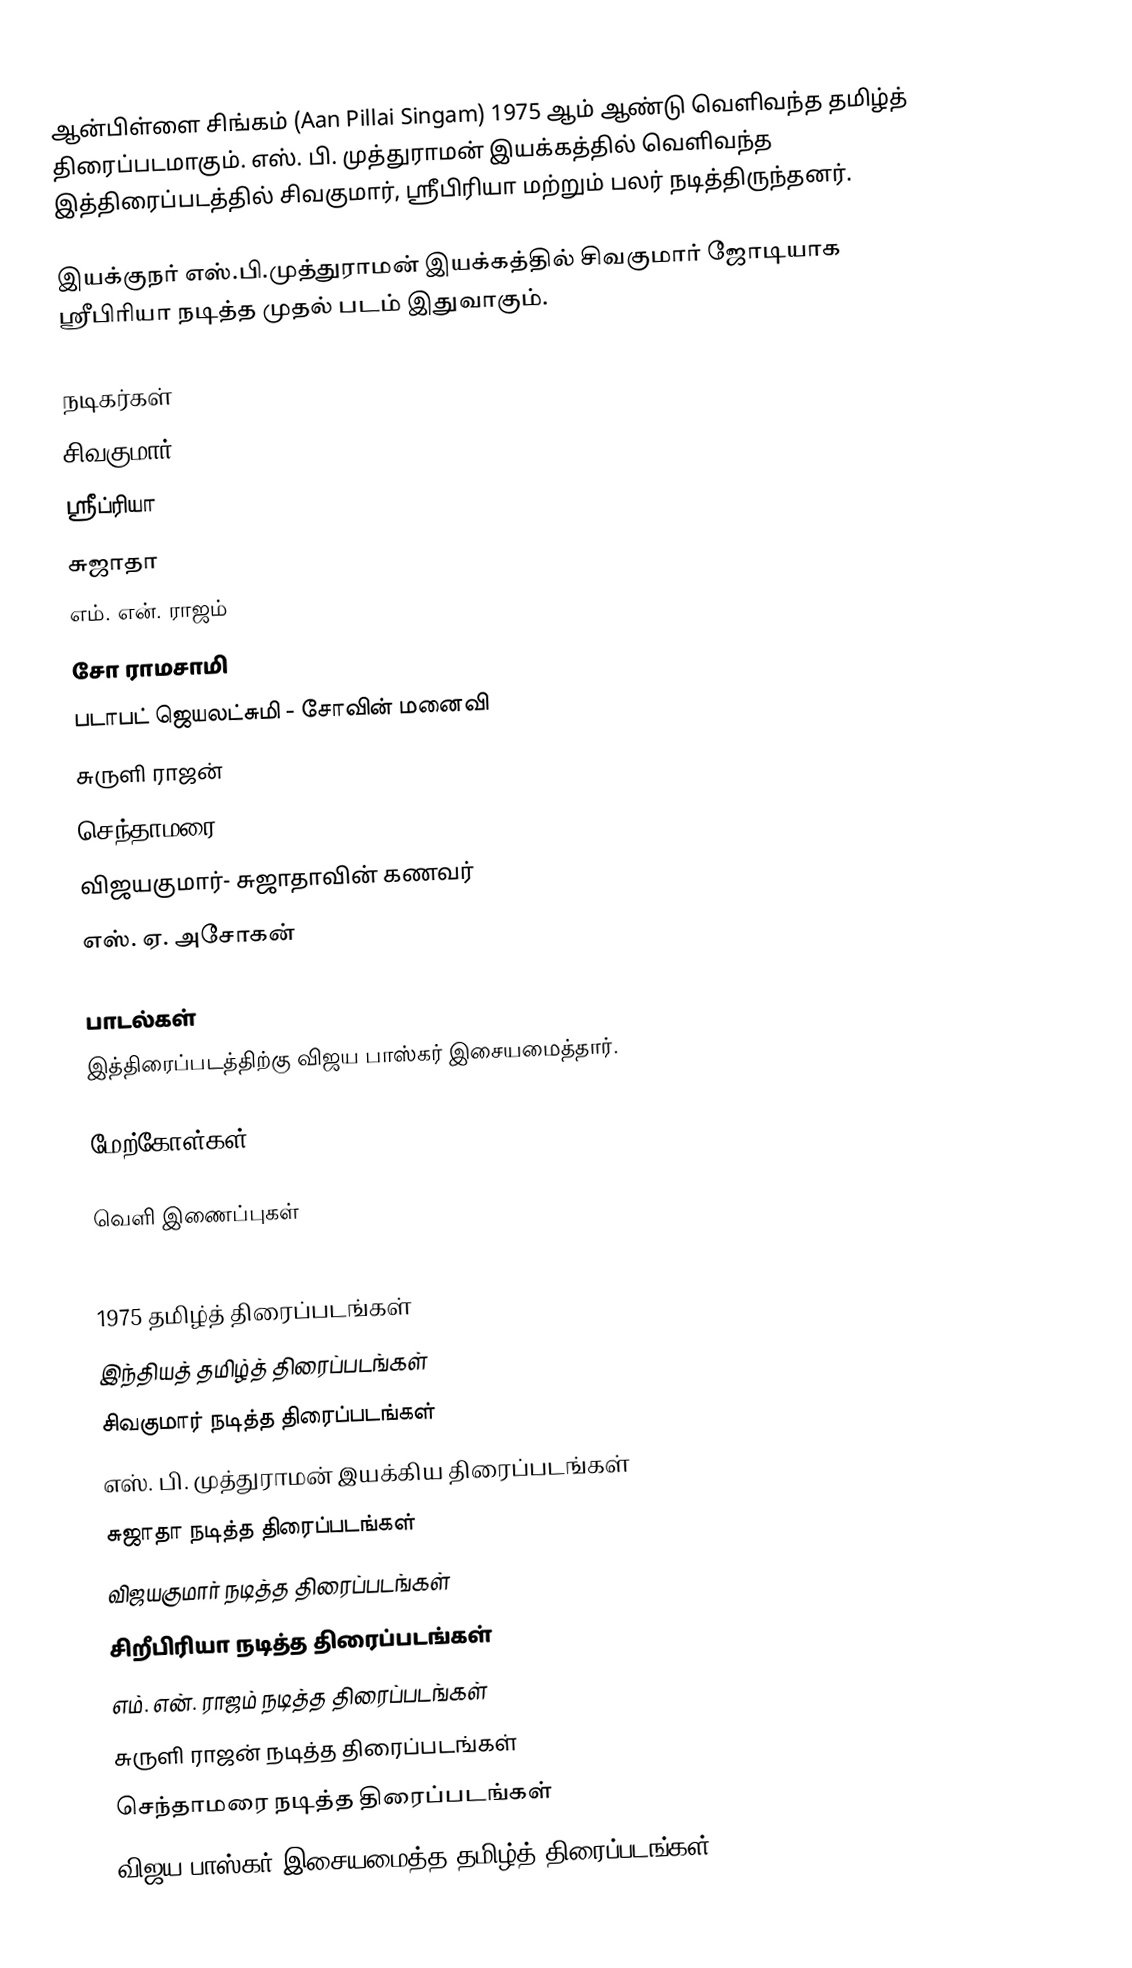
ஆன்பிள்ளை சிங்கம் (Aan Pillai Singam) 1975 ஆம் ஆண்டு வெளிவந்த தமிழ்த் திரைப்படமாகும். எஸ். பி. முத்துராமன் இயக்கத்தில் வெளிவந்த இத்திரைப்படத்தில் சிவகுமார், ஸ்ரீபிரியா மற்றும் பலர் நடித்திருந்தனர்.

இயக்குநர் எஸ்.பி.முத்துராமன் இயக்கத்தில் சிவகுமார் ஜோடியாக ஸ்ரீபிரியா நடித்த முதல் படம் இதுவாகும்.

நடிகர்கள்
 சிவகுமார்
 ஸ்ரீப்ரியா
 சுஜாதா
 எம். என். ராஜம்
 சோ ராமசாமி
 படாபட் ஜெயலட்சுமி - சோவின் மனைவி
 சுருளி ராஜன்
 செந்தாமரை
 விஜயகுமார்- சுஜாதாவின் கணவர்
 எஸ். ஏ. அசோகன்

பாடல்கள்
இத்திரைப்படத்திற்கு விஜய பாஸ்கர் இசையமைத்தார்.

மேற்கோள்கள்

வெளி இணைப்புகள்

1975 தமிழ்த் திரைப்படங்கள்
இந்தியத் தமிழ்த் திரைப்படங்கள்
சிவகுமார் நடித்த திரைப்படங்கள்
எஸ். பி. முத்துராமன் இயக்கிய திரைப்படங்கள்
சுஜாதா நடித்த திரைப்படங்கள்
விஜயகுமார் நடித்த திரைப்படங்கள்
சிறீபிரியா நடித்த திரைப்படங்கள்
எம். என். ராஜம் நடித்த திரைப்படங்கள்
சுருளி ராஜன் நடித்த திரைப்படங்கள்
செந்தாமரை நடித்த திரைப்படங்கள்
விஜய பாஸ்கர் இசையமைத்த தமிழ்த் திரைப்படங்கள்